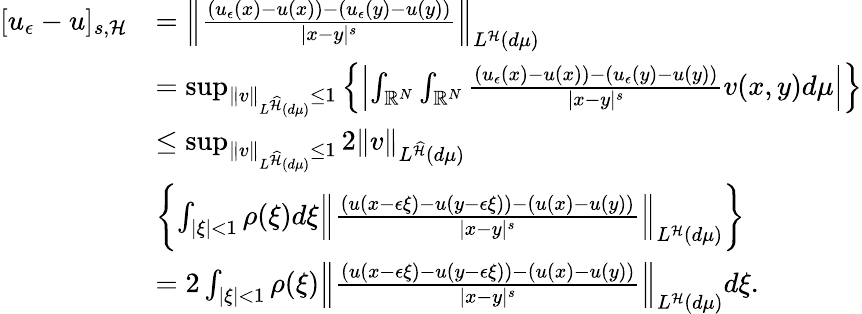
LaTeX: \begin{array}{rl}{[u_{\epsilon}-u]_{s,\mathcal{H}}}&{=\left\| \frac{(u_{\epsilon}(x)-u(x))-(u_{\epsilon}(y)-u(y))}{|x-y|^{s}}\right\| _{L^{\mathcal{H}}(d\mu)}}\\ &{=\operatorname*{sup}_{\| v\| _{L^{\widehat{\mathcal{H}}}(d\mu)}\leq 1}\left\lbrace\left|\int_{{\mathbb R}^{N}}\int_{{\mathbb R}^{N}}\frac{(u_{\epsilon}(x)-u(x))-(u_{\epsilon}(y)-u(y))}{|x-y|^{s}}v(x,y)d\mu\right|\right\rbrace}\\ &{\leq\operatorname*{sup}_{\| v\| _{L^{\widehat{\mathcal{H}}}(d\mu)}\leq 1}2\| v\| _{L^{\widehat{\mathcal{H}}}(d\mu)}}\\ &{\left\lbrace\int_{|\xi|<1}\rho(\xi)d\xi\left\| \frac{(u(x-\epsilon\xi)-u(y-\epsilon\xi))-(u(x)-u(y))}{|x-y|^{s}}\right\| _{L^{\mathcal{H}}(d\mu)}\right\rbrace}\\ &{=2\int_{|\xi|<1}\rho(\xi)\left\| \frac{(u(x-\epsilon\xi)-u(y-\epsilon\xi))-(u(x)-u(y))}{|x-y|^{s}}\right\| _{L^{\mathcal{H}}(d\mu)}d\xi.}\end{array}